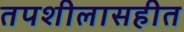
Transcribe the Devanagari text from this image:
तपशीलासहीत